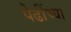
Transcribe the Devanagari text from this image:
पेढींच्या